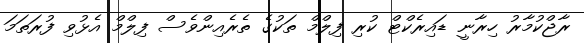
ރާޖްކުމާރު ހިރާނީ ޑައިރެކްޓް ކުރި ފިލްމް ތަކުގެ ތެރެއިންވެސް ފިލްމް އެޅުވި ފުރަތަމަ